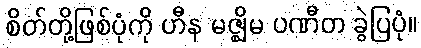
စိတ်တို့ဖြစ်ပုံကို ဟီန မဇ္ဈိမ ပဏီတ ခွဲပြပုံ။